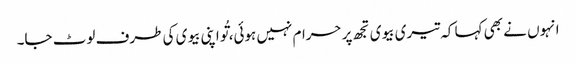
انہوں نے بھی کہا کہ تیری بیوی تجھ پر حرام نہیں ہوئی، تُو اپنی بیوی کی طرف لوٹ جا۔